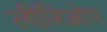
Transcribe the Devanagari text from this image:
लीरिओप